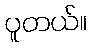
ပူတယ်။